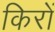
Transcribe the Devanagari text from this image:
किरों